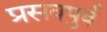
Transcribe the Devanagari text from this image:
प्रसवपुर्व